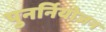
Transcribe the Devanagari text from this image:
पुनर्नियोजन